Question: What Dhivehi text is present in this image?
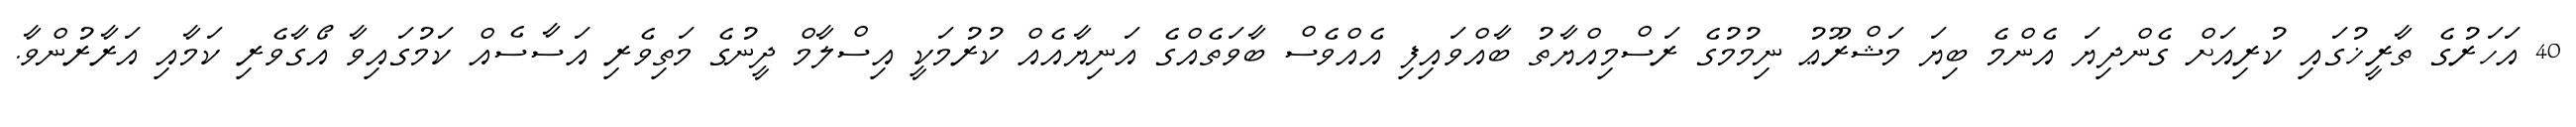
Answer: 40 އަހަރުގެ ތާރީޚުގައި ކުރިއަށް ގެންދިޔަ އެންމެ ބިޔަ މަޝްރޫޢު ނިމުމުގެ ރަސްމިއްޔާތު ބާއްވައިފި އެއްވެސް ބާވަތެއްގެ އަނިޔާއެއް ކުރުމަކީ އިސްލާމް ދީނުގެ މަތިވެރި އަސާސެއް ކަމުގައިވާ އޯގާވެރި ކަމާއި އަރާރުންވާ.